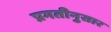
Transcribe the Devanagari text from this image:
प्रगतीनुसार